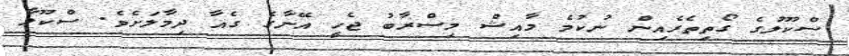
ސްކޫލުގެ ގޯތިތެރެއިން ނުކުމެ މާއިޝް މިސްރާބު ޖެހީ އޭނާގެ ގެއާ ދިމާލަށެވެ. ސްކޫލާ